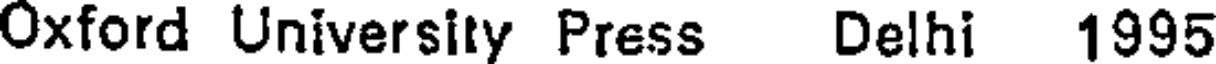
Oxford University Press Delhi 1995